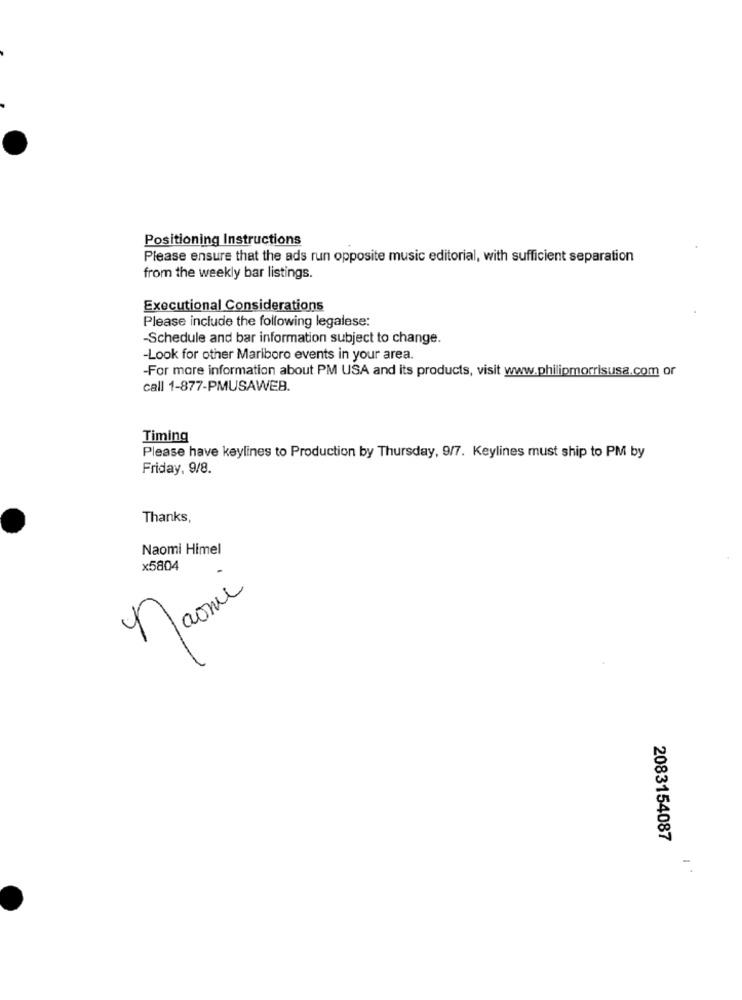
Positioning Instructions
Please ensure that the ads run opposite music editorial, with sufficient separation
from the weekly bar listings.
Executional Considerations
Please include the following legalese:
-Schedule and bar information subject to change.
-Look for other Mariboro events in your area.
-For more information about PM USA and its products, visit www.philipmorrisusa.com or
call 1-877-PMUSAWEB.
Timing
Please have keylines to Production by Thursday, 9/7. Keylines must ship to PM by
Friday, 9/8.
Thanks,
Naomi Himel
x5804
naomi
2083154087
-